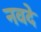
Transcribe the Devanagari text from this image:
नवदे